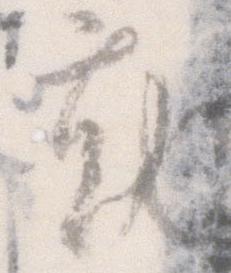
勤